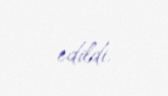
edildi.